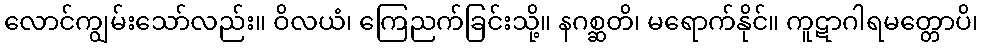
လောင်ကျွမ်းသော်လည်း။ ဝိလယံ၊ ကြေညက်ခြင်းသို့။ နဂစ္ဆတိ၊ မရောက်နိုင်။ ကူဋာဂါရမတ္တောပိ၊